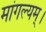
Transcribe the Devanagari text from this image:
मांगल्यम्।